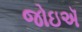
જોઇઍ